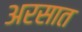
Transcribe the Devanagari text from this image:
अरसात